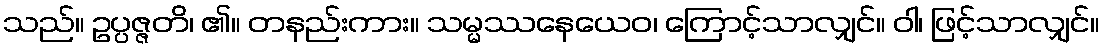
သည်။ ဥပ္ပဇ္ဇတိ၊ ၏။ တနည်းကား။ သမ္မဿနေယေဝ၊ ကြောင့်သာလျှင်။ ဝါ၊ ဖြင့်သာလျှင်။